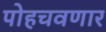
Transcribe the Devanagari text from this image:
पोहचवणार